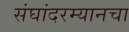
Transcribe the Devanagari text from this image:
संघांदरम्यानचा